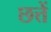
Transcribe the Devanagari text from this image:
छत्तें